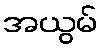
အယွမ်